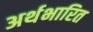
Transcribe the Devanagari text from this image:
अर्थभारित